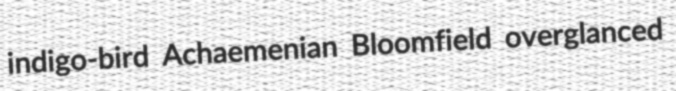
indigo-bird Achaemenian Bloomfield overglanced